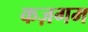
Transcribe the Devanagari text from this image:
कज़गम